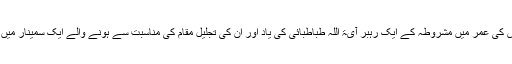
سید روح اللہ نے اراک میں تحصیل کے دوران میں 19برس کی عمر میں مشروطہ کے ایک رہبر آیۃ اللہ طباطبائی کی یاد اور ان کی تجلیل مقام کی مناسبت سے ہونے والے ایک سمینار میں اپنا پہلا خطابیہ بیان پڑها اور حاضرین سے داد وصول کی۔